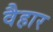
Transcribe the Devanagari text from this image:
वैहार